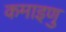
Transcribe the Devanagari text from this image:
कमाइणु